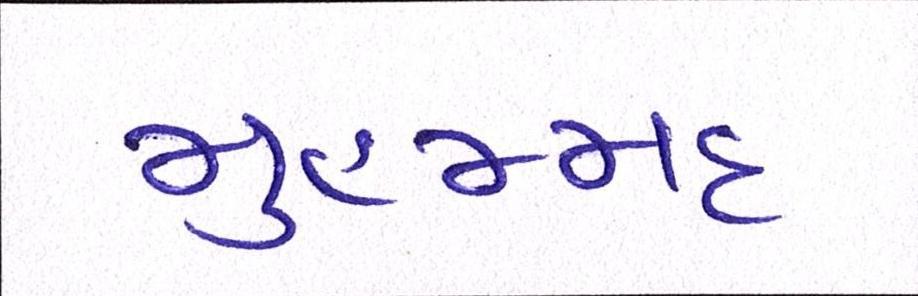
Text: મુહમ્મદ